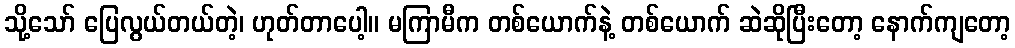
သို့သော် ပြေလွယ်တယ်တဲ့၊ ဟုတ်တာပေါ့။ မကြာမီက တစ်ယောက်နဲ့ တစ်ယောက် ဆဲဆိုပြီးတော့ နောက်ကျတော့